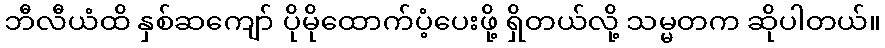
ဘီလီယံထိ နှစ်ဆကျော် ပိုမိုထောက်ပံ့ပေးဖို့ ရှိတယ်လို့ သမ္မတက ဆိုပါတယ်။